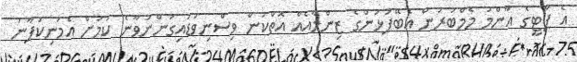
އެ ޕާޓީގެ އާންމު މެމްބަރުން އެބޭފުޅުންގެ ޒިންމާއެއް އޮތްކަން ވިސްނިވަޑައިގަންނަވާނެ ކަމަށް އެމަނިކުފާނު